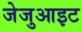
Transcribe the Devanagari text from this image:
जेजुआइट